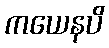
ကယေနပိ